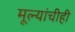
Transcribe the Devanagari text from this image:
मूल्यांचीही